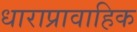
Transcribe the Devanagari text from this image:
धाराप्रावाहिक